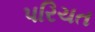
પરિચત